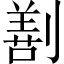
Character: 𠟤